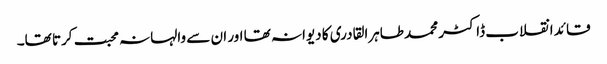
قائد انقلاب ڈاکٹر محمد طاہرالقادری کا دیوانہ تھا اور ان سے والہانہ محبت کرتا تھا۔